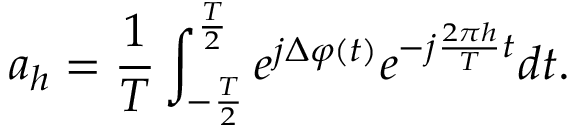
a _ { h } = \frac { 1 } { T } \int _ { - \frac { T } { 2 } } ^ { \frac { T } { 2 } } e ^ { j \Delta \varphi ( t ) } e ^ { - j \frac { 2 \pi h } { T } t } d t .